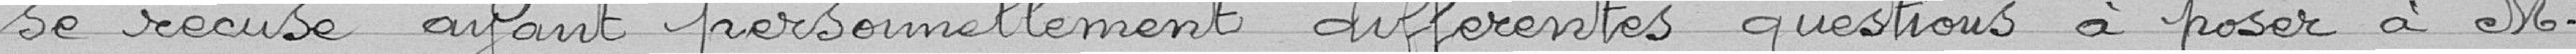
se récuse ayant personnellement différentes questions à poser à M.